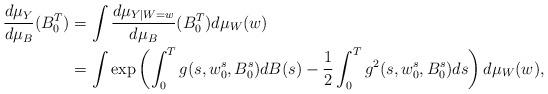
LaTeX: \begin{align*}\frac{d\mu_Y}{d\mu_B}(B_0^T) & = \int \frac{d\mu_{Y|W=w}}{d\mu_B}(B_0^T) d\mu_W(w)\\&= \int \exp \left(\int_0^T g(s, w_0^s, B_0^s) dB(s)-\frac{1}{2} \int_0^T g^2(s, w_0^s, B_0^s) ds \right) d\mu_W(w),\end{align*}